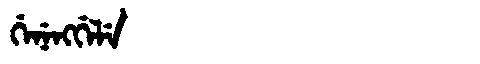
Manchu: ᡤᡝᠨᡝᠩᡤᡝᠯᡝ
Romanization: GENENGGELE